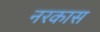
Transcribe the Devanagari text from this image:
नरकास